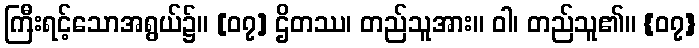
ကြီးရင့်သောအရွယ်၌။ [၀၇] ဌိတဿ၊ တည်သူအား။ ဝါ၊ တည်သူ၏။ {၀၇}